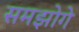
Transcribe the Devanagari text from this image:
समझोगे